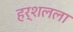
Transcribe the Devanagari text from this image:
हर्शलला